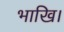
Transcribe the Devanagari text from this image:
भाखि।